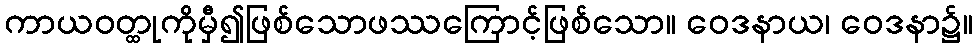
ကာယဝတ္ထုကိုမှီ၍ဖြစ်သောဖဿကြောင့်ဖြစ်သော။ ဝေဒနာယ၊ ဝေဒနာ၌။